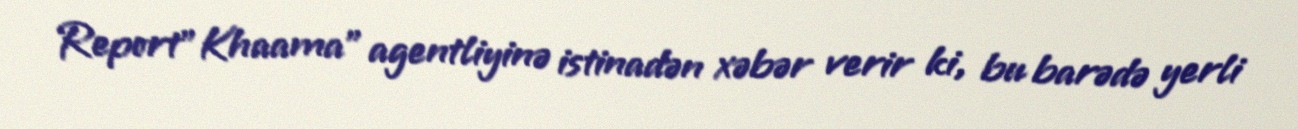
Report"Khaama" agentliyinə istinadən xəbər verir ki, bu barədə yerli